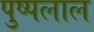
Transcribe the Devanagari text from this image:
पुष्पलाल